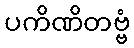
ပကိဏိတဗ္ဗံ